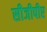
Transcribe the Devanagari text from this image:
सीजीपीए